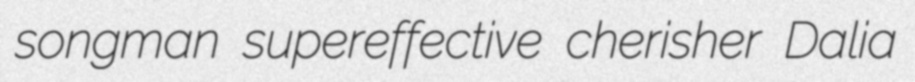
songman supereffective cherisher Dalia